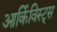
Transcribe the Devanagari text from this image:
आर्किविस्ट्स